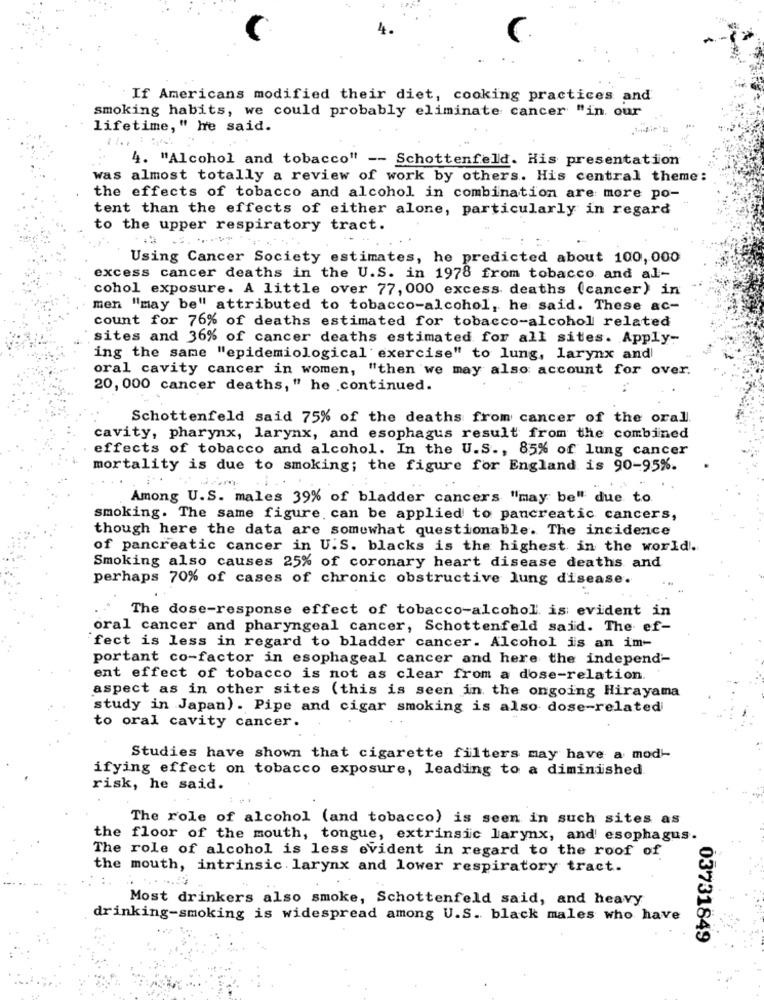
If Americans modified their diet, cooking practices and
smoking habits, we could probably eliminate cancer "in our
lifetime," he said.
4. "Alcohol and tobacco" -- Schottenfeld. His presentation
was almost totally a review of work by others. His central theme:
the effects of tobacco and alcohol in combination are more po-
tent than the effects of either alone, particularly in regard
to the upper respiratory tract.
Using Cancer Society estimates, he predicted about 100, 000
excess cancer deaths in the U.S. in 1978 from tobacco and al-
cohol exposure. A little over 77, 000 excess deaths (cancer) in
men "may be" attributed to tobacco-alcohol, he said. These ac-
count for 76% of deaths estimated for tobacco-alcohol related
sites and 36% of cancer deaths estimated for all sites. Apply-
ing the same "epidemiological exercise" to lung, larynx and
oral cavity cancer in women, "then we may also account for over.
20, 000 cancer deaths," he continued.
Schottenfeld said 75% of the deaths from cancer of the oral.
cavity, pharynx, larynx, and esophagus result from the combined
effects of tobacco and alcohol. In the U.S ., 85% of lung cancer
mortality is due to smoking; the figure for England is 90-95%.
Among U.S. males 39% of bladder cancers "may be" due to
smoking. The same figure can be applied to pancreatic cancers,
though here the data are somewhat questionable. The incidence
of pancreatic cancer in U.S. blacks is the highest in the world.
Smoking also causes 25% of coronary heart disease deaths and
perhaps 70% of cases of chronic obstructive lung disease.
The dose-response effect of tobacco-alcohol is evident in
oral cancer and pharyngeal cancer, Schottenfeld said. The ef-
fect is less in regard to bladder cancer. Alcohol is an im-
portant co-factor in esophageal cancer and here the independ'-
ent effect of tobacco is not as clear from a dose-relation.
aspect as in other sites (this is seen in the ongoing Hirayama
study in Japan). Pipe and cigar smoking is also dose-related
to oral cavity cancer.
Studies have shown that cigarette filters may have a mod-
ifying effect on tobacco exposure, leading to a diminished
risk, he said.
The role of alcohol (and tobacco) is seen in such sites as
the floor of the mouth, tongue, extrinsic larynx, and esophagus.
The role of alcohol is less evident in regard to the roof of
the mouth, intrinsic larynx and lower respiratory tract.
Most drinkers also smoke, Schottenfeld said, and heavy
drinking-smoking is widespread among U.S. black males who have
03731849